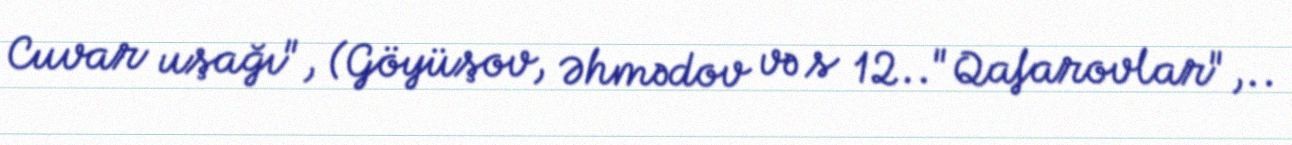
Cuvar uşağı", (Göyüşov, Əhmədov və s 12.."Qafarovlar",..